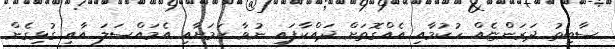
ސާބިތު ދަރަންޏެއް ހުކުމާއި އެއްގޮތަށް ދައްކާފައި ނުވާ ކަމަށާއި އެމައްސަލަ އާއި ގުޅިގެން